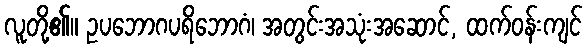
လူတို့၏။ ဥပဘောဂပရိဘောဂံ၊ အတွင်းအသုံးအဆောင်, ထက်ဝန်းကျင်